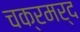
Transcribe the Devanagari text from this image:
चक्रमर्द